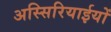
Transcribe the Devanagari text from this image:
अस्सिरियाईयों